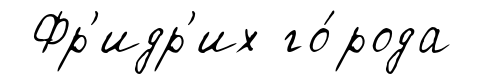
Фр'идр'их го́рода